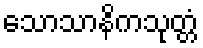
သောသာနိကသုတ္တံ